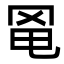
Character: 𦊣